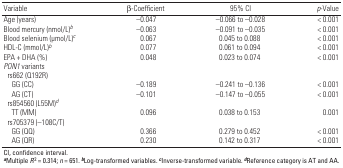
| Variable | β-Coefficient | 95% CI | p-Value |
 | --- | --- | --- | --- |
 | Age (years) |  | –0.047 |  | –0.066 to –0.028 |  | < 0.001 |
 | Blood mercury (nmol/L)b |  | –0.063 |  | –0.091 to –0.035 |  | < 0.001 |
 | Blood selenium (μmol/L)c |  | 0.067 |  | 0.045 to 0.088 |  | < 0.001 |
 | HDL-C (mmol/L)b |  | 0.077 |  | 0.061 to 0.094 |  | < 0.001 |
 | EPA + DHA (%) |  | 0.048 |  | 0.023 to 0.074 |  | < 0.001 |
 | PON1 variants |  |  |  |  |  |  |
 | rs662 (Q192R) |  |  |  |  |  |  |
 | GG (CC) |  | –0.189 |  | –0.241 to –0.136 |  | < 0.001 |
 | AG (CT) |  | –0.101 |  | –0.147 to –0.055 |  | < 0.001 |
 | rs854560 (L55M)d |  |  |  |  |  |  |
 | TT (MM) |  | 0.096 |  | 0.038 to 0.153 |  | 0.001 |
 | rs705379 (–108C/T) |  |  |  |  |  |  |
 | GG (QQ) |  | 0.366 |  | 0.279 to 0.452 |  | < 0.001 |
 | AG (QR) |  | 0.230 |  | 0.142 to 0.317 |  | < 0.001 |
 | <COLSPAN=7> CI, confidence interval. aMultiple R2 = 0.314; n = 651. bLog-transformed variables. cInverse-transformed variable. dReference category is AT and AA. |